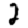
Digit: 2